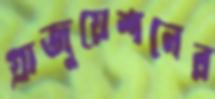
গ্রাজুয়েশনের